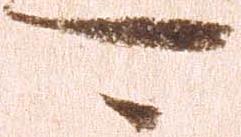
可